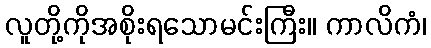
လူတို့ကိုအစိုးရသောမင်းကြီး။ ကာလိကံ၊